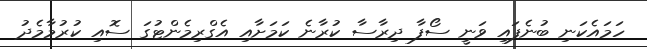
ހަމައެކަނި ބުނެފައި ވަނީ ސޯފާ ދިރާސާ ކުރާނެ ކަމަށާއި އެގްރިމެންޓުގަ ސޮއި ކުރުމާމެދު